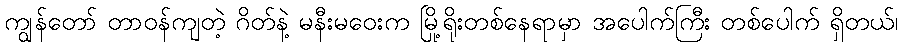
ကျွန်တော် တာဝန်ကျတဲ့ ဂိတ်နဲ့ မနီးမဝေးက မြို့ရိုးတစ်နေရာမှာ အပေါက်ကြီး တစ်ပေါက် ရှိတယ်၊